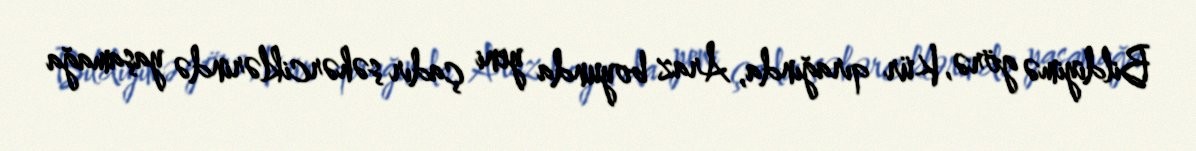
Bildiyimə görə, Kür qırağında, Araz boyunda yeni çadır şəhərciklərində yaşamağa